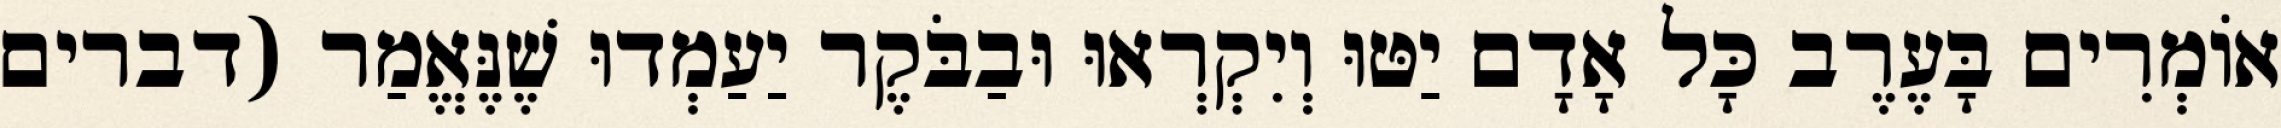
אוֹמְרִים בָּעֶרֶב כָּל אָדָם יַטּוּ וְיִקְרְאוּ וּבַבֹּקֶר יַעַמְדוּ שֶׁנֶּאֱמַר (דברים